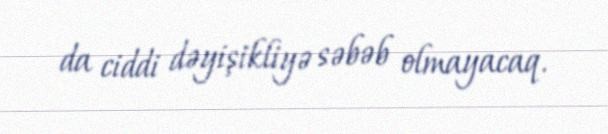
da ciddi dəyişikliyə səbəb olmayacaq.